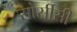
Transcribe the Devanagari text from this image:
सोर्सीसी